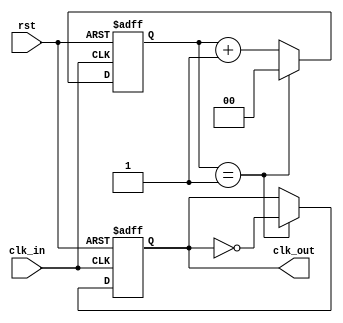
//`define N 4

module fdivision(clk_out,clk_in,rst);

output clk_out;
input clk_in;
input rst;

reg [1:0] cnt = 2'b00;
reg clk_out;

parameter N = 4;

always @ (posedge clk_in or negedge rst) begin
	if(!rst)
	    begin
	        cnt <= 0;
	        clk_out <= 0;
	        $display("%b,%b",cnt,clk_out);
	        $display("branch 1");
	    end
	else 
		begin
	        if(cnt==N/2-1)
	            begin 
	            	clk_out <= !clk_out; 
	            	cnt<=0; 
	            	$display("%b,%b",cnt,clk_out);
	        		$display("branch 2");
	            end
	        else
	          	cnt <= cnt + 1;
	          	$display("%b,%b",cnt,clk_out);
	        	$display("branch 3");
	    end
end

endmodule